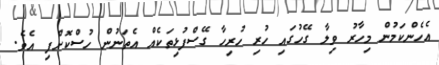
އެހެންކަމުން މިހާރު ވިލާ ގޭހުގައި ހުރި ހުރިހާ ގޭސްފުޅިތަކެއް އެތަނުން ހުސްކޮށްފި އެވެ.